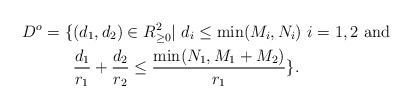
\begin{align*} D^o=\{&(d_1,d_2)\in R_{\geq 0}^2|\ d_i\leq \min(M_i,N_i)\ i=1,2\mbox{ and }\\ &\frac{d_1}{r_1}+\frac{d_2}{r_2}\leq\frac{\min(N_1,M_1+M_2)}{r_1}\}.\end{align*}